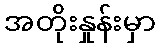
အတိုးနှုန်းမှာ